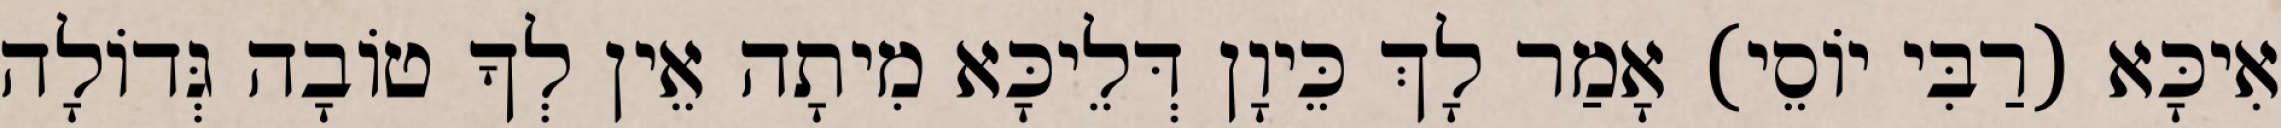
אִיכָּא (רַבִּי יוֹסֵי) אָמַר לָךְ כֵּיוָן דְּלֵיכָּא מִיתָה אֵין לְךָ טוֹבָה גְּדוֹלָה